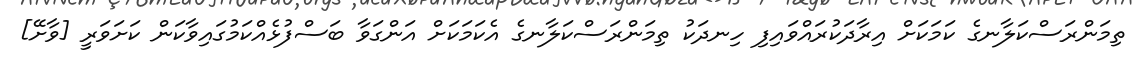
ތިމަންރަސްކަލާނގެ ކަމަކަށް އިރާދަކުރައްވައިފި ހިނދަކު ތިމަންރަސްކަލާނގެ އެކަމަކަށް އަންގަވާ ބަސްފުޅެއްކަމުގައިވާކަން ކަށަވަރީ [ވާށޭ]